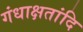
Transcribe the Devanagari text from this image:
गंधाक्षतांदि